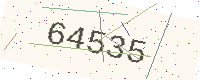
Text: 64535